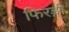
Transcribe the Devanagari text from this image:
फिरङ्गी